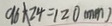
9 6 + 2 4 = 1 2 0 ( m m )